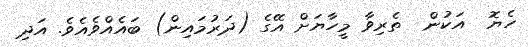
ހެޔޮ  އަކުން  ތެރިވާ މީހާޔަށް އޭގެ (ދަރުމައިން) ބައެއްވެއެވެ. އަދި